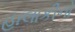
હાલાકીનો